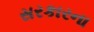
સરકારના